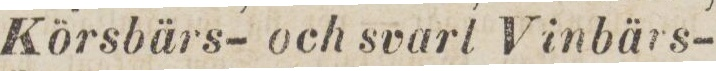
Körsbärs- och svart Vinbärs-